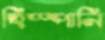
হিস্পানি